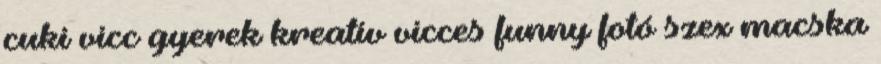
cuki vicc gyerek kreatív vicces funny fotó szex macska